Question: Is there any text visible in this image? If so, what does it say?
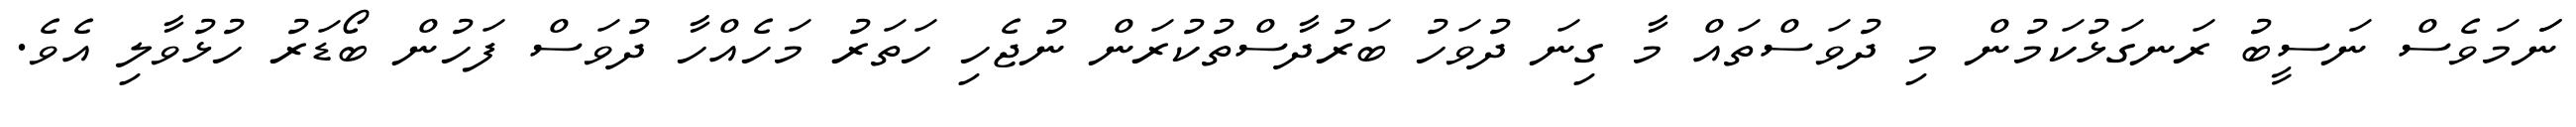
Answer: ނަަމަވެސް ނަސީބު ރަނގަޅުކަމުން މި ދުވަސްތައް މާ ގިނަ ދުވަހު ބަރުދާސްތުކުރަން ނުޖެހި ހަތަރު މަހެއްހާ ދުވަސް ފަހުން ބޯޑަރު ހުޅުވާލި އެވެ.